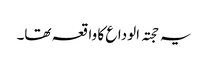
یہ حجتہ الوداع کا واقعہ تھا۔